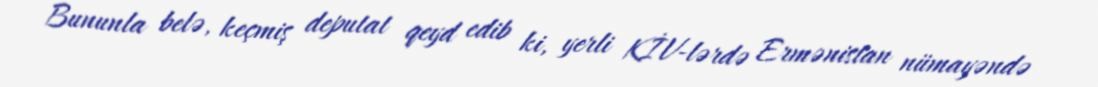
Bununla belə, keçmiş deputat qeyd edib ki, yerli KİV-lərdə Ermənistan nümayəndə